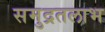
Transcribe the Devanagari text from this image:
समुद्रतलाभ